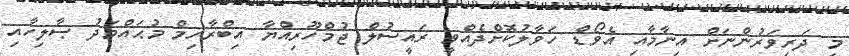
މި ދަރިވަރުންނަށް އިނާމާއި އެވޯޑް ހަވާލުކޮށްދެއްވީ ރައީސުލް ޖުމްހޫރިއްޔާ އިބްރާހިމް މުޙައްމަދު ޞާލިހާއި